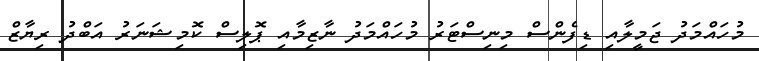
މުހައްމަދު ޖަމީލާއި ޑިފެންސް މިނިސްޓަރު މުހައްމަދު ނާޒިމާއި ޕޮލިސް ކޮމިޝަނަރު އަބްދު ރިޔާޒް